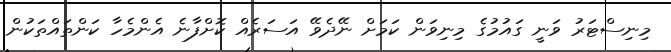
މިނިސްޓަރު ވަނީ ގައުމުގެ މިނިވަން ކަމަށް ނޭދެވޭ އަސަރެއް ކޮށްފާނެ އެންމެހާ ކަންތައްތަކުން